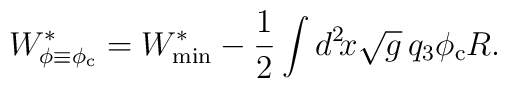
W^*_{\phi \equiv \phi_{\rm c}} = W^*_{\rm min}  - \frac{1}{2} \int d^2\!x \sqrt{g}\,  q_3 \phi_{\rm c} R.